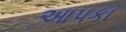
આપકા